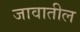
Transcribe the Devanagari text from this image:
जावातील